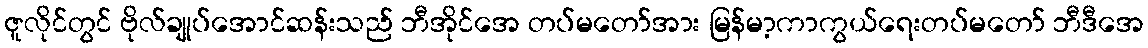
ဇူလိုင်တွင် ဗိုလ်ချုပ်အောင်ဆန်းသည် ဘီအိုင်အေ တပ်မတော်အား မြန်မာ့ကာကွယ်ရေးတပ်မတော် ဘီဒီအေ